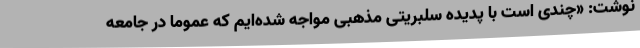
نوشت: «چندی است با پدیده سلبریتی مذهبی مواجه شده‌ایم که عموما در جامعه